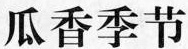
瓜香季节